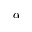
\alpha